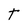
Character: T